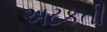
અટકતી